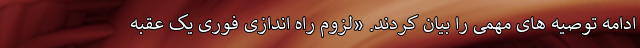
ادامه توصیه های مهمی را بیان کردند. «لزوم راه اندازی فوری یک عقبه